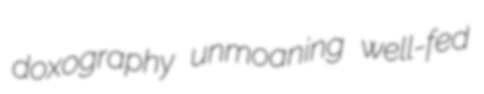
doxography unmoaning well-fed